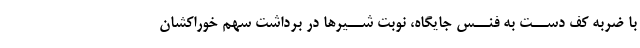
با ضربه کف دســت به فنــس جایگاه، نوبت شــیرها در برداشت سهم خوراکشان